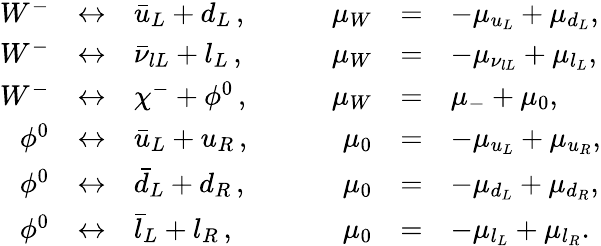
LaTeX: \begin{array}{rclcrcl}{{W^{-}}}&{{\leftrightarrow}}&{{\bar{u}_{L}+d_{L}\, ,}}&{{~~~~}}&{{\mu_{W}}}&{{=}}&{{-\mu_{u_{L}}+\mu_{d_{L}},}}\\ {{W^{-}}}&{{\leftrightarrow}}&{{\bar{\nu}_{lL}+l_{L}\, ,}}&{{}}&{{\mu_{W}}}&{{=}}&{{-\mu_{\nu_{lL}}+\mu_{l_{L}},}}\\ {{W^{-}}}&{{\leftrightarrow}}&{{\chi^{-}+\phi^{0}\, ,}}&{{}}&{{\mu_{W}}}&{{=}}&{{\mu_{-}+\mu_{0},}}\\ {{\phi^{0}}}&{{\leftrightarrow}}&{{\bar{u}_{L}+u_{R}\, ,}}&{{}}&{{\mu_{0}}}&{{=}}&{{-\mu_{u_{L}}+\mu_{u_{R}},}}\\ {{\phi^{0}}}&{{\leftrightarrow}}&{{\bar{d}_{L}+d_{R}\, ,}}&{{}}&{{\mu_{0}}}&{{=}}&{{-\mu_{d_{L}}+\mu_{d_{R}},}}\\ {{\phi^{0}}}&{{\leftrightarrow}}&{{\bar{l}_{L}+l_{R}\, ,}}&{{}}&{{\mu_{0}}}&{{=}}&{{-\mu_{l_{L}}+\mu_{l_{R}}.}}\end{array}